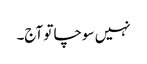
نہیں سوچا تو آج۔